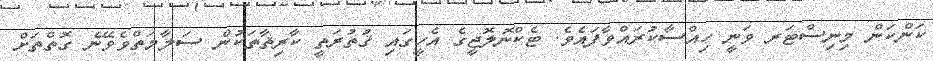
ކަންކަން މިނިސްޓަރ ވަނީ ހިއްސާކުރައްވާފައެވެ. ޓެކްނޮލޮޖީގެ އެހީގައި ޤުތުރަތީ ކާރިޘާތަކުން ސަލާމަތްވެވޭނެ ގޮތްތަށް